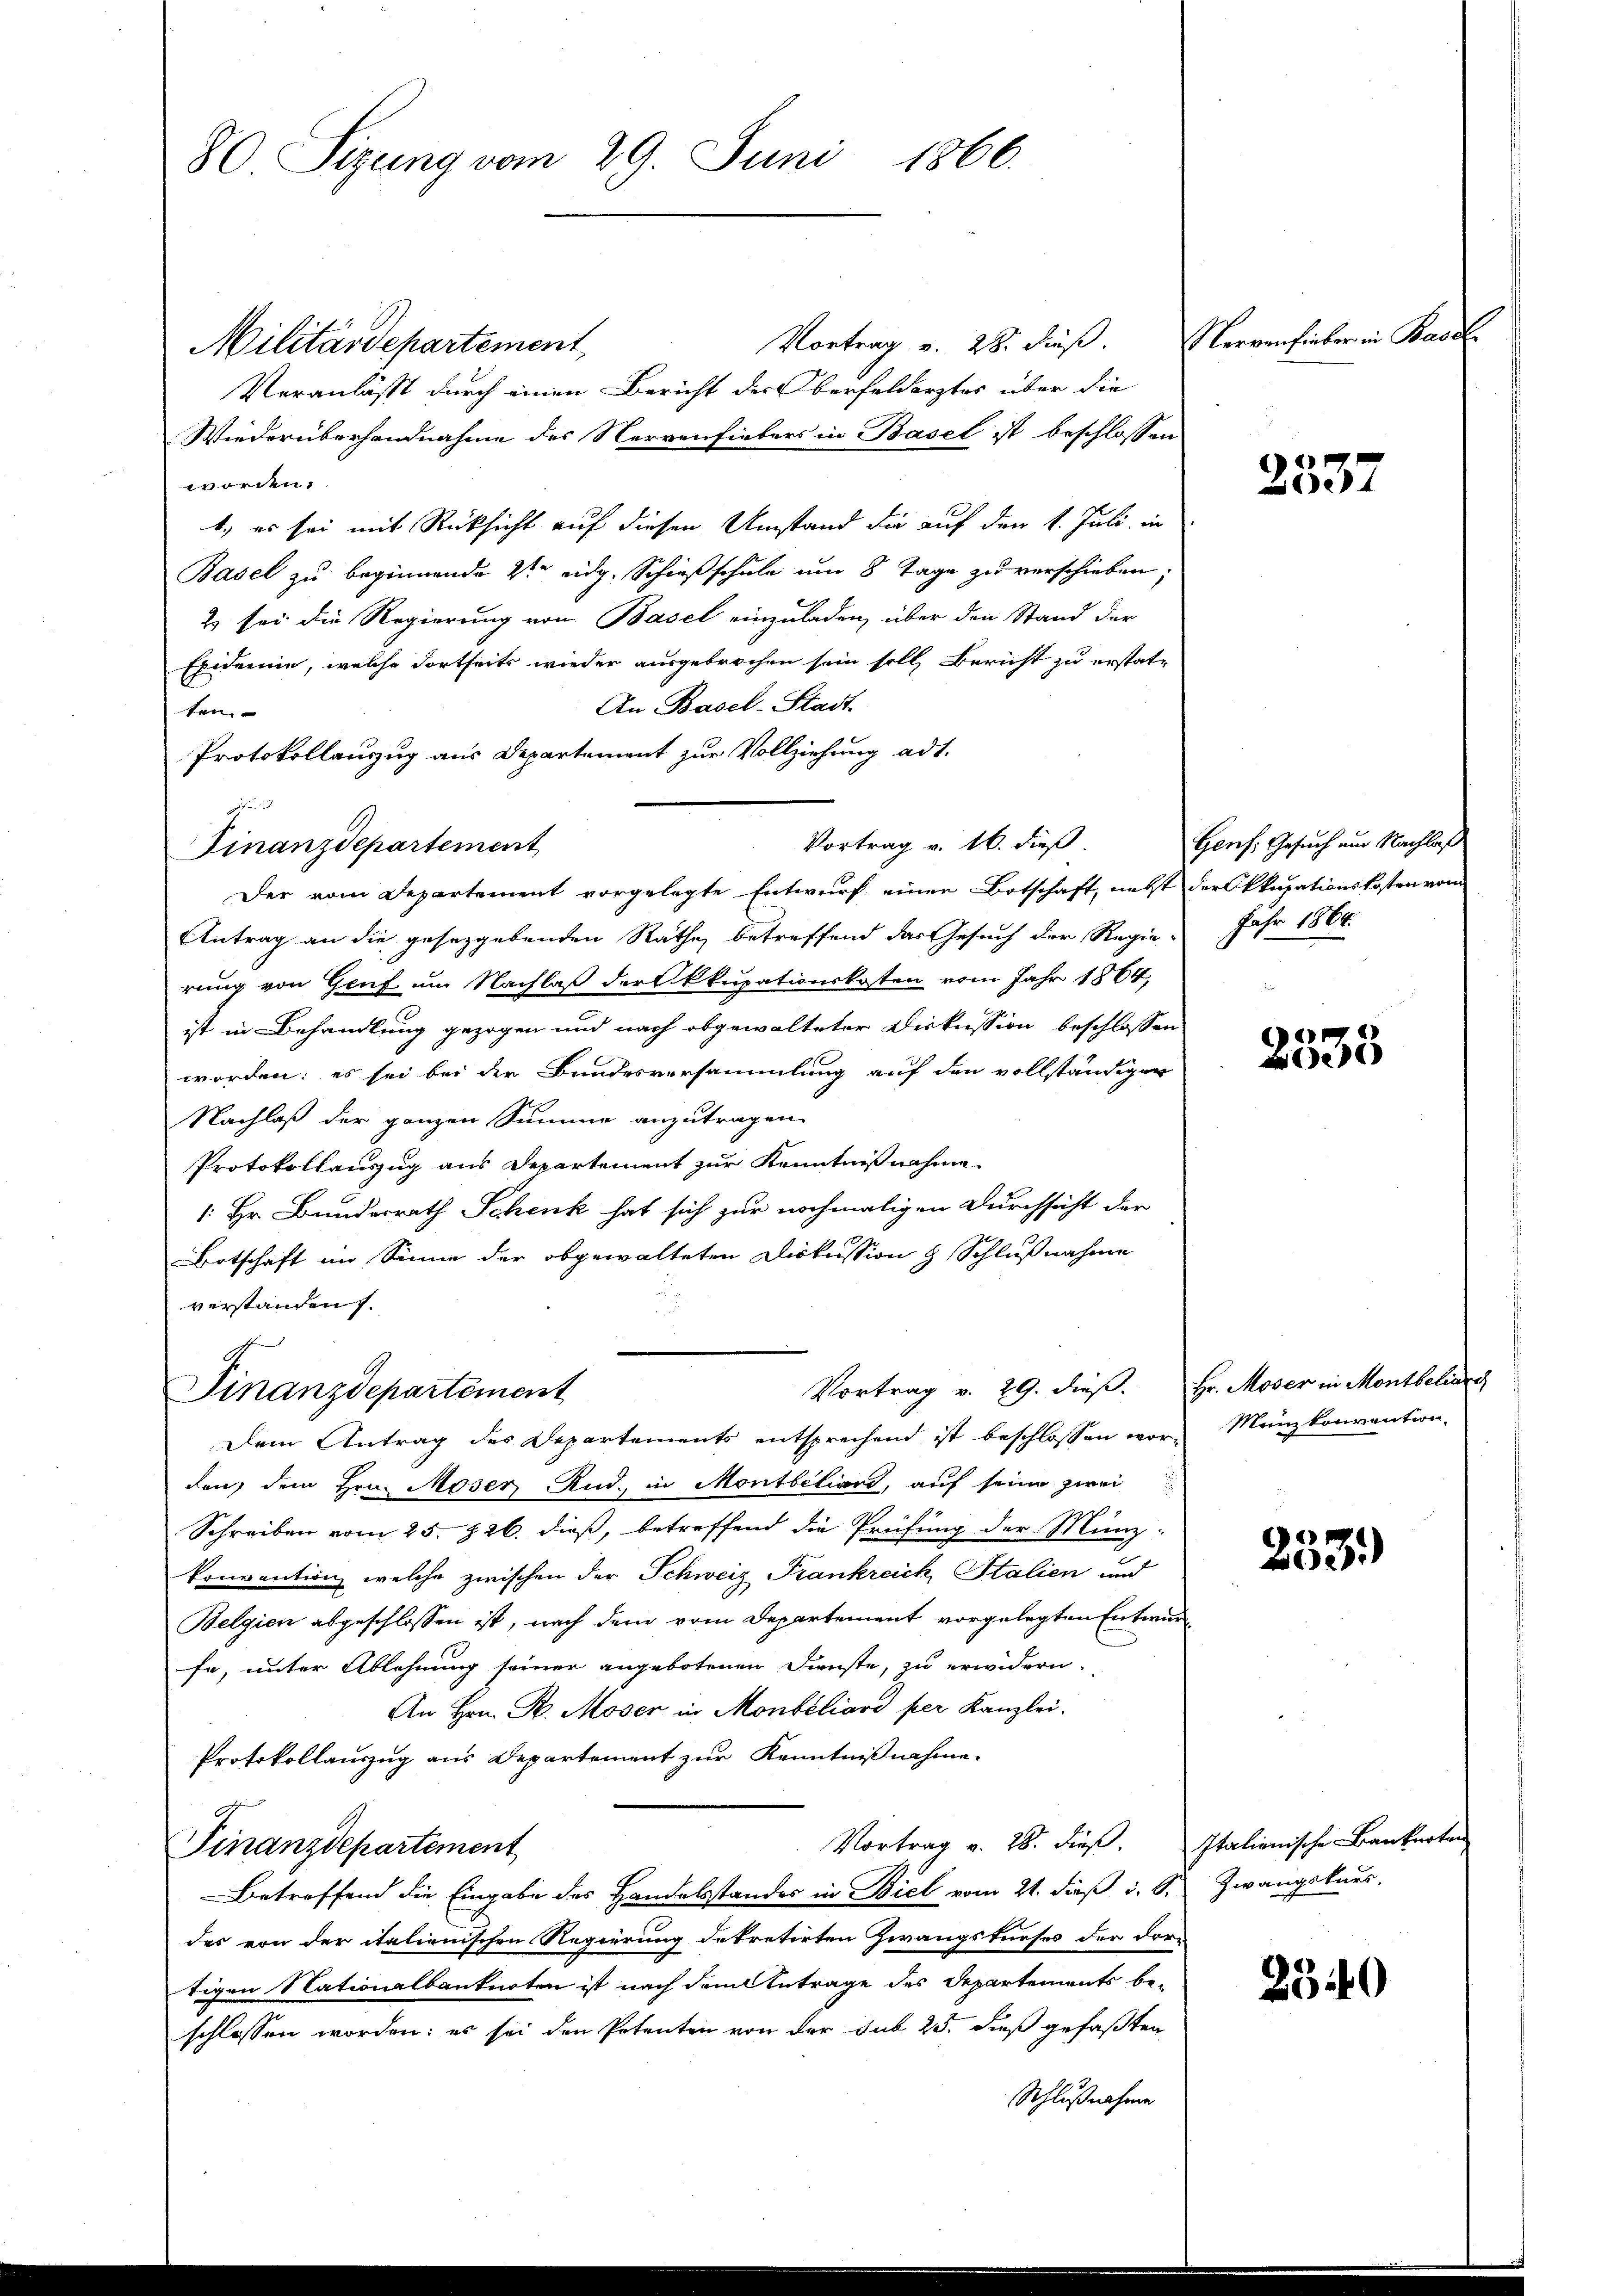
80 Sizung vom 29. Juni 1866.

Vortrag v. 28. dieß.
Militärdepartement
Veranlässt durch einen Bericht der Oberfeldertes über die
Wiederüberhandnahme des Nervenfiebers in Basel ist beschlossen
worden.
t., es sei mit Rücksicht auf diesen Umstand die auf den 1. Juli in
Basel zu beginnende 2ten eidg. Schießschule um 8 Tage zu verschieben;
2) sei die Regierung von Basel einzuladen, über den Stand der
Epidemie, welche dortseits wieder ausgebrochen sein soll, Bericht zu erstat¬
An Basel-Stadt
ten.
Protokollauszug aus Departement zur Vollziehung ad 1.
Vortrag v. 16. dieß.
Der vom Departement vorgelegte Entwurf einen Botschaft, nebst der Okkupationskosten vom
Antrag an die gesezgebenden Räthe, betreffend das Gesuch der Regie- Jahr 1864.
rung von Genf um Nachlaß der kkupationskosten vom Jahr 1864,
ist in Behandlung gezogen und nach abgewalteter Diskussion beschlossen
worden; es sei bei der Bundesversammlung auf den vollständiger
Nachlaß der ganzen Summe anzutragen.
Protokollauszug aus Departement zur Kenntnißnahme
: Hr. Bunderrath Schenk hat sich zur nochmaligen Durchsicht der
Botschaft im Sinne der obgewalteten Diskussion & Schlußnahme
verstanden.
t
A.
Vortrag v. 29. dieß. Hr. Moser in Montbelierc
Finanzdepartement
Dem Antrag des Departements entsprechend ist beschlossen wor-Münzkonvention,
den, dem Hrn. Moser And., in Montbeliard, auf seine zwei
Schreiben vom 25. 826. dieß, betreffend die Prüfung der Münz-
konvention welche zwischen der Schweiz Frankreich, Stalien und
Belgien abgeschlossen ist, nach dem vom Departement vorgelegten Entwurfe, unter Ablehnung seiner angebotenen Dienste, zu erwidern.
An Hrn. R. Moser in Montiliari per Kanzlei.
Protokollauszug aus Departement zur Kenntnißnahme.
Vortrag v. 28. dieß. Italienische Bankarten
Finanzdepartement
Betreffend die Eingabe des Handelsstandes in Biel vom 21. daß d. S.
des von der italienischen Regierung dekretirten Zwangsturses der dor-
tigen Nationalbanknoten ist nach dem Antrage des Departements be-
schlossen worden: es sei den Petenten von der sub 25. dieß gefaßten
Schlußnahme

E
Finanzdepartement

Nervenhieber in Basel.

2337

Gers. Gesuch am Nachlaß

e
e

253)

Zwangskurs.

2340